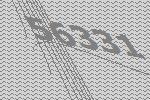
56331